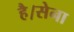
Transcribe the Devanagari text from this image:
है।सेना